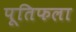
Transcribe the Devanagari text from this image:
पूतिफला